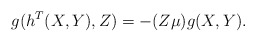
\begin{align*} g(h^T(X,Y),Z)=-(Z\mu)g(X,Y). \end{align*}